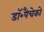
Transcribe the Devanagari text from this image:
डॉ॰पैचेको